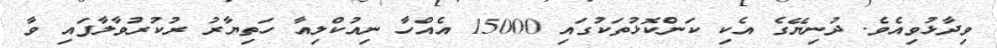
ވިދާޅުވިއެވެ. ދުނިޔޭގެ އެކި ކަންކޮޅުތަކުގައި 15000 އެއްހާ ނިއުކްލިއާ ހަތިޔާރު ރުކުރުވާލާފައި ވާ